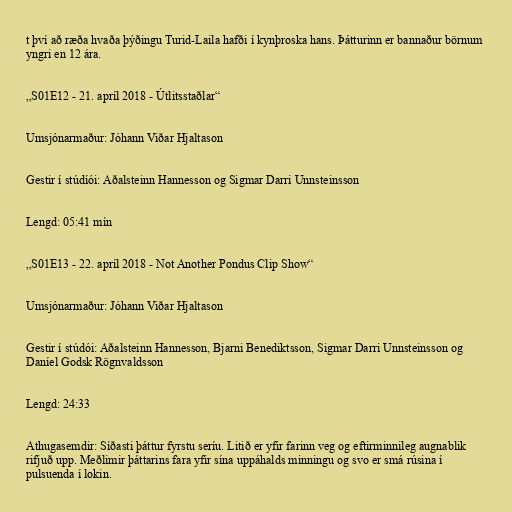
t því að ræða hvaða þýðingu Turid-Laila hafði í kynþroska hans. Þátturinn er bannaður börnum
yngri en 12 ára.

„S01E12 - 21. apríl 2018 - Útlitsstaðlar“

Umsjónarmaður: Jóhann Viðar Hjaltason

Gestir í stúdíói: Aðalsteinn Hannesson og Sigmar Darri Unnsteinsson

Lengd: 05:41 mín

„S01E13 - 22. apríl 2018 - Not Another Pondus Clip Show“

Umsjónarmaður: Jóhann Viðar Hjaltason

Gestir í stúdói: Aðalsteinn Hannesson, Bjarni Benediktsson, Sigmar Darri Unnsteinsson og
Daníel Godsk Rögnvaldsson

Lengd: 24:33

Athugasemdir: Síðasti þáttur fyrstu seríu. Litið er yfir farinn veg og eftirminnileg augnablik
rifjuð upp. Meðlimir þáttarins fara yfir sína uppáhalds minningu og svo er smá rúsina í
pulsuenda í lokin.